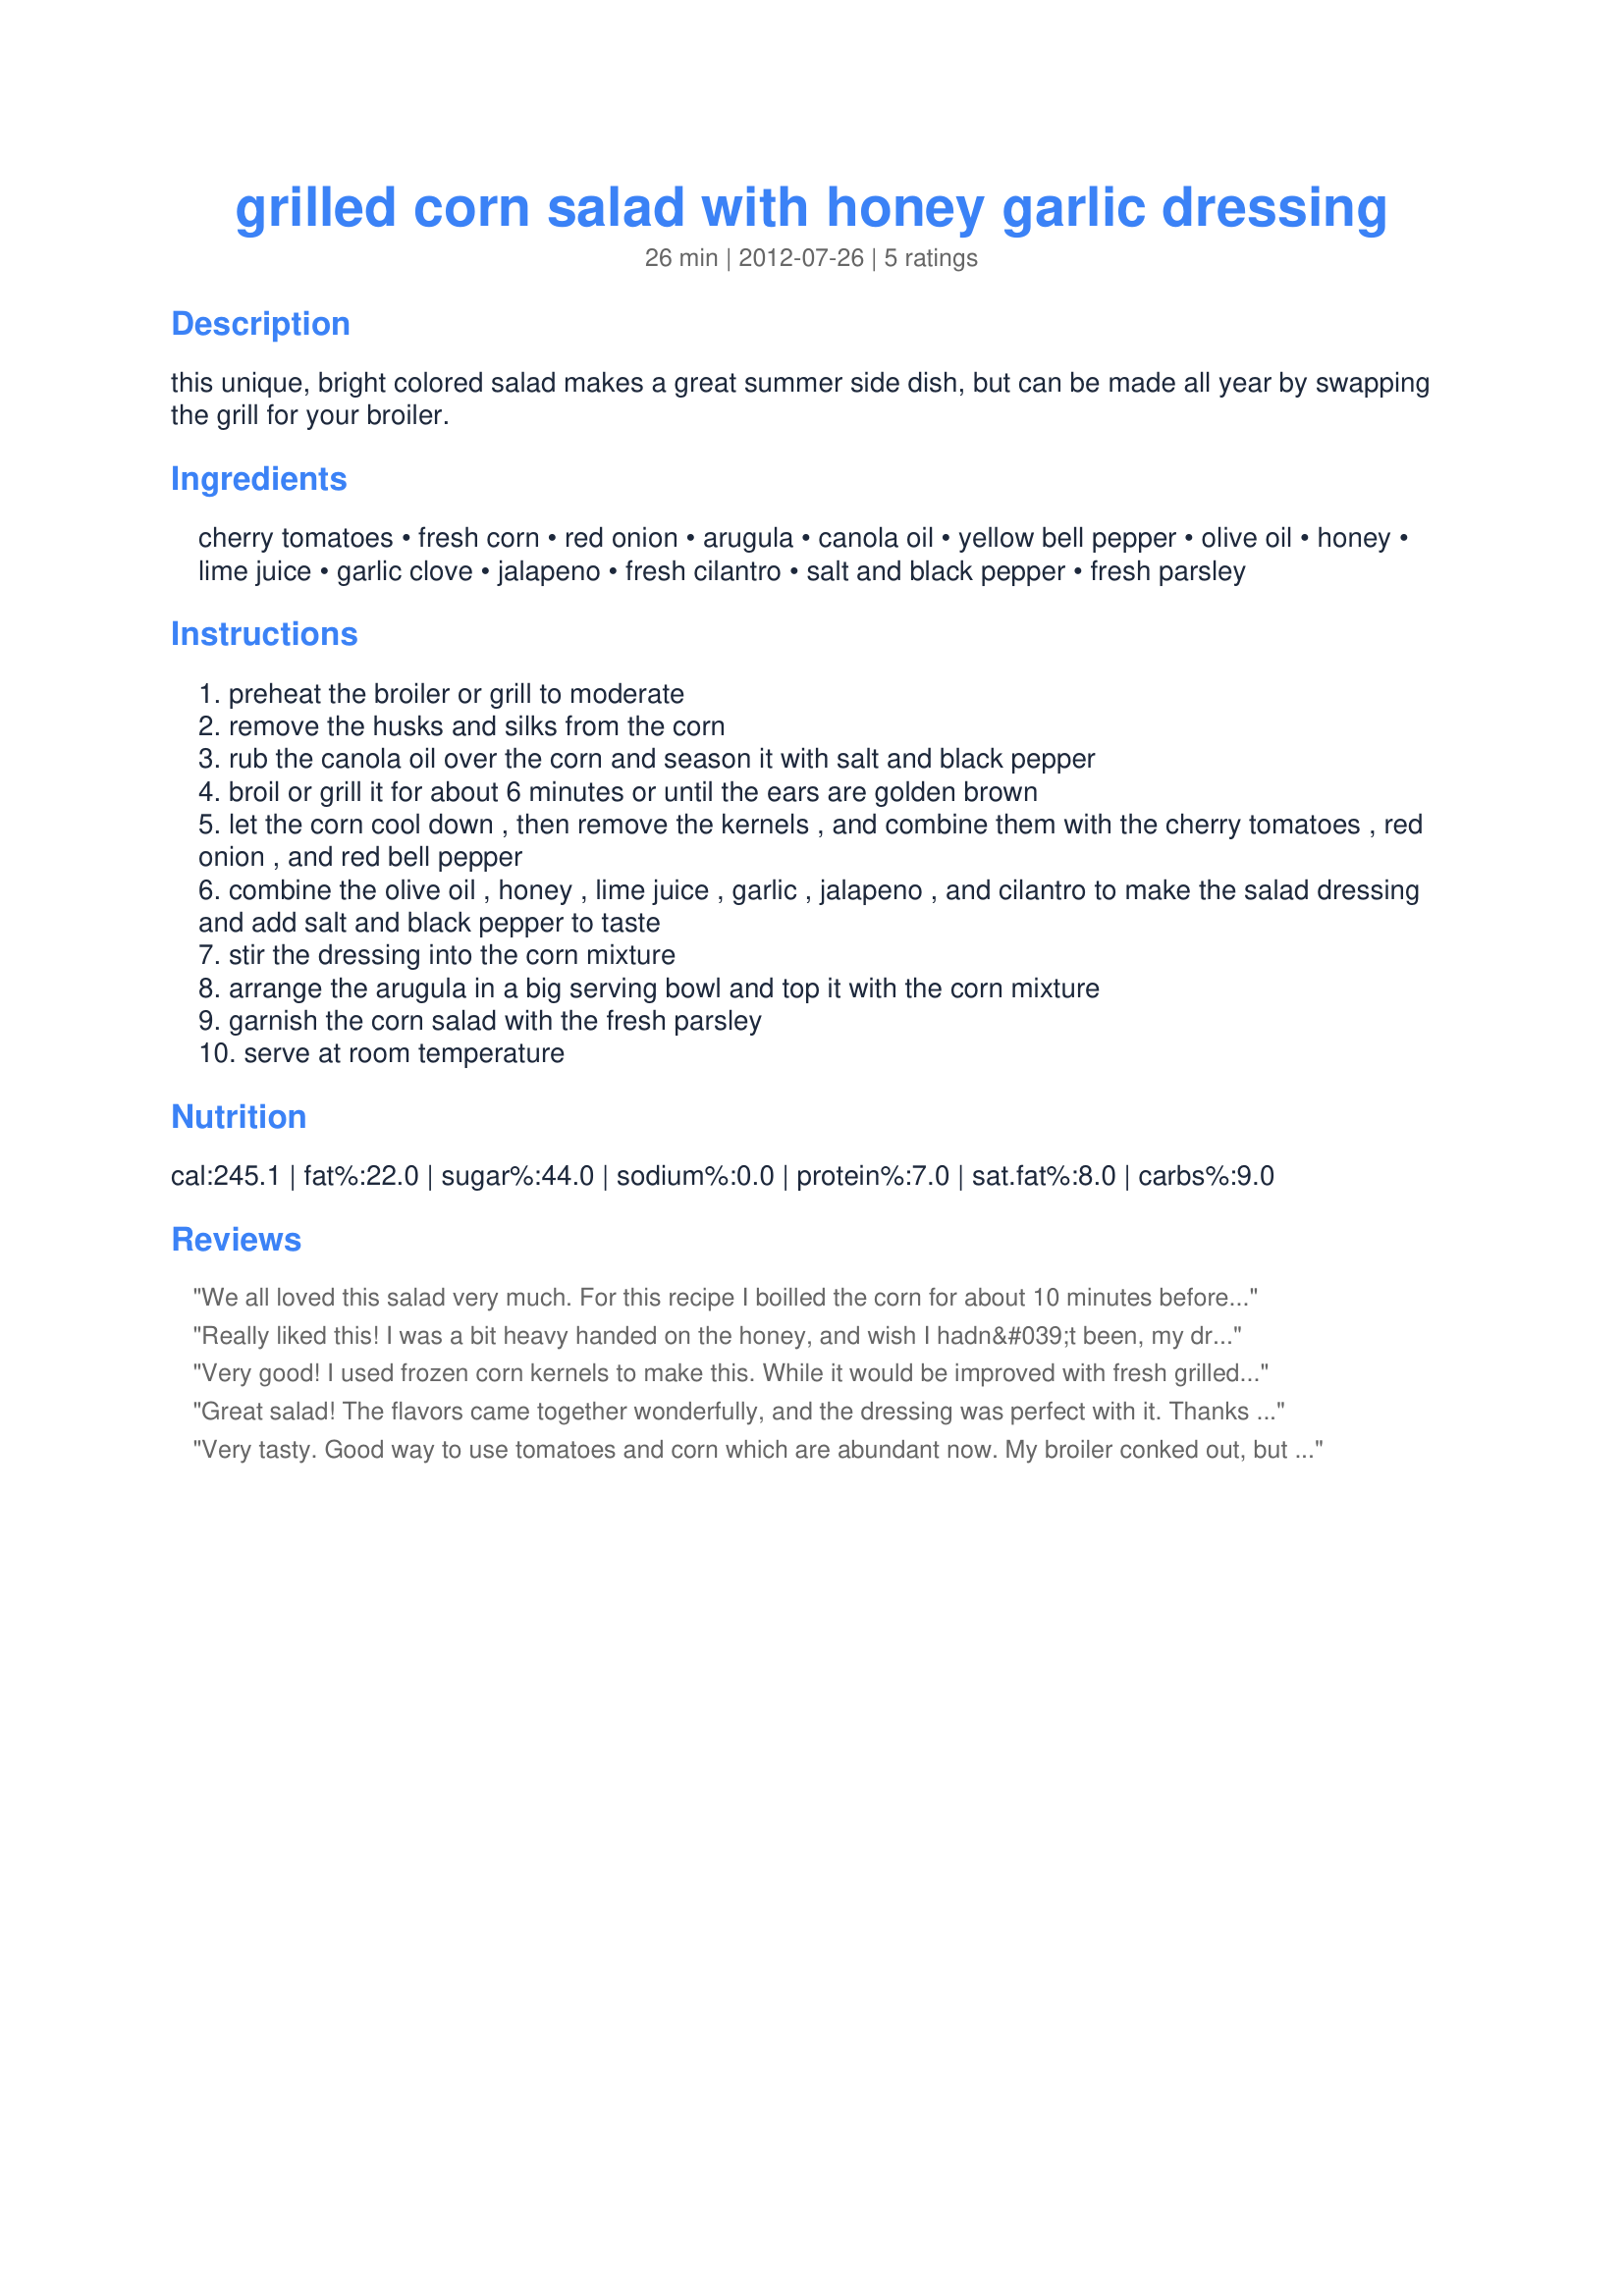
grilled corn salad with honey garlic dressing
Preparation time: 26 minutes

this unique, bright colored salad makes a great summer side dish, but can be made all year by swapping the grill for your broiler.

Ingredients:
cherry tomatoes, fresh corn, red onion, arugula, canola oil, yellow bell pepper, olive oil, honey, lime juice, garlic clove, jalapeno, fresh cilantro, salt and black pepper, fresh parsley

Steps:
preheat the broiler or grill to moderate
remove the husks and silks from the corn
rub the canola oil over the corn and season it with salt and black pepper
broil or grill it for about 6 minutes or until the ears are golden brown
let the corn cool down , then remove the kernels , and combine them with the cherry tomatoes , red onion , and red bell pepper
combine the olive oil , honey , lime juice , garlic , jalapeno , and cilantro to make the salad dressing and add salt and black pepper to taste
stir the dressing into the corn mixture
arrange the arugula in a big serving bowl and top it with the corn mixture
garnish the corn salad with the fresh parsley
serve at room temperature

Reviews:
We all loved this salad very much. For this recipe I boilled the corn for about 10 minutes before putting it under the broiler. I used the recipe as described using tomatoes, arugula, cilantro and parsley from the garden, and honey form our bees (we are beekeper),,,,the other ingredients form the shop. Using fresh corn for a salad makes a great difference especially if it was grilled before. Thanks a lot for this healthy and yummy salad!
Really liked this! I was a bit heavy handed on the honey, and wish I hadn&#039;t been, my dressing was a tad too sweet, but like I said, used a touch more than the recipe called for, so my own fault. The colors are beautiful and the flavor is lovely! Thanks for posting. Made for Culinary Quest 2014, PNW Region.
Very good! I used frozen corn kernels to make this. While it would be improved with fresh grilled corn, we enjoyed the salad. Served with Black Bean Pumpkin Soup for the CQ4.
Great salad! The flavors came together wonderfully, and the dressing was perfect with it. Thanks for sharing! Culinary Quest &#039;14
Very tasty. Good way to use tomatoes and corn which are abundant now. My broiler conked out, but I grilled them on the gas burner. Next time I'll use less onion.
